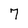
Character: 7